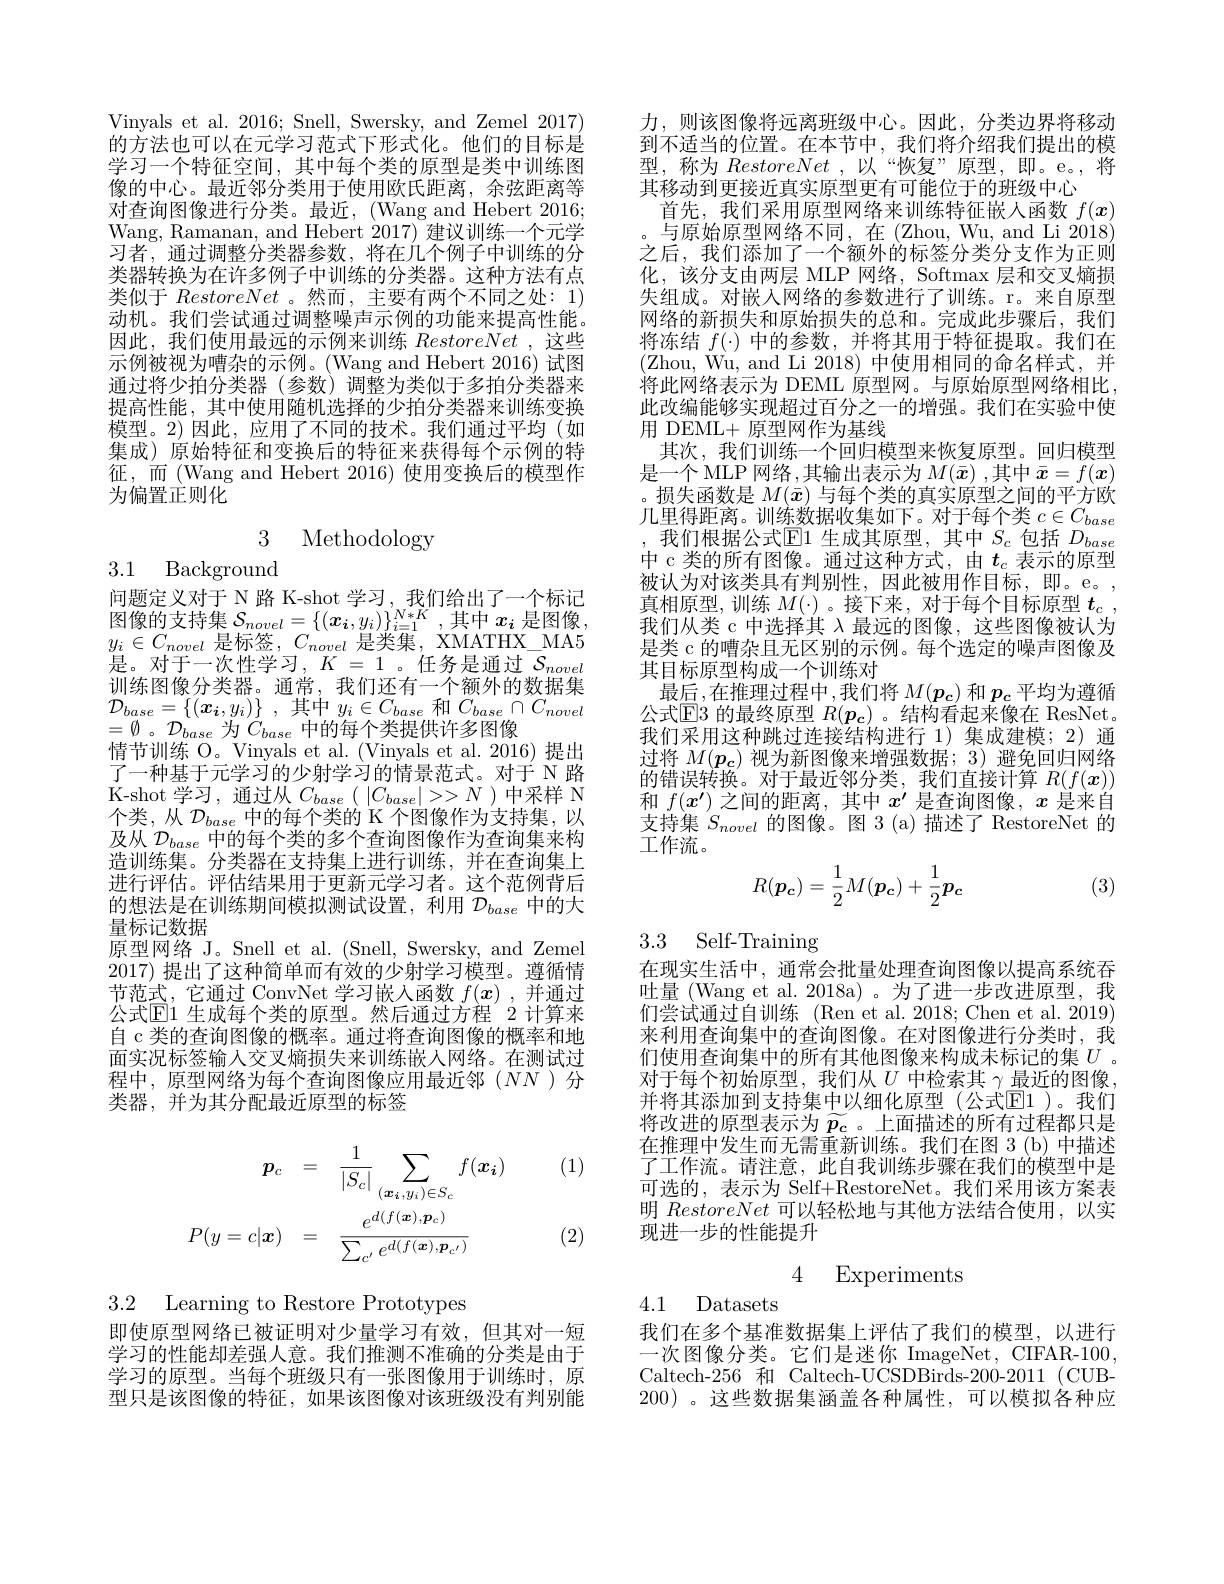
Vinyals et al. 2016; Snell, Swersky, and Zemel 2017) 的方法也可以在元学习范式下形式化。他们的目标是学习一个特征空间，其中每个类的原型是类中训练图像的中心。最近邻分类用于使用欧氏距离，余弦距离等对查询图像进行分类。最近，(Wang and Hebert 2016; Wang, Ramanan, and Hebert 2017) 建议训练一个元学习者，通过调整分类器参数，将在几个例子中训练的分类器转换为在许多例子中训练的分类器。这种方法有点类似于RestoreNet 。然而，主要有两个不同之处：1) 动机。我们尝试通过调整噪声示例的功能来提高性能。因此，我们使用最远的示例来训练RestoreNet ,这些示例被视为嘈杂的示例。(Wang and Hebert 2016) 试图通过将少拍分类器(参数)调整为类似于多拍分类器来提高性能，其中使用随机选择的少拍分类器来训练变换模型。2)因此，应用了不同的技术。我们通过平均(如集成) 原始特征和变换后的特征来获得每个示例的特征，而(Wang and Hebert 2016)使用变换后的模型作为偏置正则化

## 3 Methodology

3.1 Background
问题定义对于 N 路 K-shot 学习，我们给出了一个标记图像的支持集$\mathcal{S}_novel=\{(\boldsymbol{x}_i,y_i)\}_{i=1}^{N*K}$,其中$x_i$是图像， $y_{i}\in C_{novel}$是标签$,C_novel$是类集，XMATHX\_MA5是。对于一次性学习，$K=1$。任务是通过$\mathcal{S}_novei$ 训练图像分类器。通常，我们还有一个额外的数据集$\mathcal{D} _{base}= \{ ( \boldsymbol{x}_{i}, y_{i}) \}$ , 其中$y_i\in C_base$和$C_base\cap C_{novel}$ $=\emptyset$。$\mathcal{D}_{base}$为$\bar{C}_{base}$中的每个类提供许多图像
情节训练 O。Vinyals et al. (Vinyals et al. 2016) 提出了一种基于元学习的少射学习的情景范式。对于 N 路K-shot 学习，通过从$C_base(\begin{array}{c}|C_{base}|>>N\end{array})$中采样 N 个类，从$\mathcal{D}_base$中的每个类的 K 个图像作为支持集，以及从$\mathcal{D}_{base}$中的每个类的多个查询图像作为查询集来构造训练集。分类器在支持集上进行训练，并在查询集上进行评估。评估结果用于更新元学习者。这个范例背后的想法是在训练期间模拟测试设置，利用$\mathcal{D}_base$中的大量标记数据
原型网络 J。Snell et al. (Snell, Swersky, and Zemel 2017)提出了这种简单而有效的少射学习模型。遵循情节范式，它通过 ConvNet 学习嵌人函数$f(x)$ ,并通过公式$\mathbb{E}$1 生成每个类的原型。然后通过方程 2 计算来自 c 类的查询图像的概率。通过将查询图像的概率和地面实况标签输入交叉熵损失来训练嵌入网络。在测试过程中，原型网络为每个查询图像应用最近邻($NN$)分类器，并为其分配最近原型的标签

(1)
$$\begin{aligned}\boldsymbol{p}_{c}&=\quad\frac{1}{|S_{c}|}\sum_{(\boldsymbol{x}_{i},y_{i})\in S_{c}}f(\boldsymbol{x}_{\boldsymbol{i}})\\P(y=c|\boldsymbol{x})&=\quad\frac{e^{d(f(\boldsymbol{x}),\boldsymbol{p}_{c})}}{\sum_{c^{\prime}}e^{d(f(\boldsymbol{x}),\boldsymbol{p}_{c^{\prime}})}}\end{aligned}$$
(2)

3.2 Learning to Restore Prototypes

即使原型网络已被证明对少量学习有效，但其对一短学习的性能却差强人意。我们推测不准确的分类是由于学习的原型。当每个班级只有一张图像用于训练时，原型只是该图像的特征，如果该图像对该班级没有判别能

力，则该图像将远离班级中心。因此，分类边界将移动到不适当的位置。在本节中，我们将介绍我们提出的模型，称为 RestoreNet ,以“恢复”原型，即。e。,将其移动到更接近真实原型更有可能位于的班级中心
首先，我们采用原型网络来训练特征嵌人函数$f(\boldsymbol{x})$ 与原始原型网络不同，在(Zhou,Wu,andLi2018) 之后，我们添加了一个额外的标签分类分支作为正则化，该分支由两层 MLP 网络，Softmax 层和交叉熵损失组成。对嵌入网络的参数进行了训练。r。来自原型网络的新损失和原始损失的总和。完成此步骤后，我们将冻结$f(\cdot)$中的参数，并将其用于特征提取。我们在(Zhou, Wu, and Li 2018)中使用相同的命名样式，并将此网络表示为 DEML 原型网。与原始原型网络相比， 此改编能够实现超过百分之一的增强。我们在实验中使用 DEML+ 原型网作为基线
其次，我们训练一个回归模型来恢复原型。回归模型是一个 MLP 网络 ,其输出表示为$M(\bar{x})$ ,其中$\bar{x}=f(\boldsymbol{x})$ 。损失函数是$M(\bar{x})$与每个类的真实原型之间的平方欧几里得距离。训练数据收集如下。对于每个类$c\in C_base$ 我们根据公式$\overline{\mathbb{E}}$1 生成其原型，其中$S_c$包括$D_{base}$ 中 c 类的所有图像。通过这种方式，由$t_c$表示的原型被认为对该类具有判别性，因此被用作目标，即。e。, 真相原型，训练$M(\cdot)$。接下来，对于每个目标原型$t_c$ , 我们从类 c 中选择其$\lambda$最远的图像，这些图像被认为是类 c 的嘈杂且无区别的示例。每个选定的噪声图像及其目标原型构成一个训练对
最后，在推理过程中，我们将 $M(p_c)$ 和 $p_c$ 平均为遵循公式$\mathbb{E}$3 的最终原型 $R(p_{\mathbf{c}})$ 。结构看起来像在 ResNet. 我们采用这种跳过连接结构进行 1)集成建模；2)通过将$M(\boldsymbol{p_c})$视为新图像来增强数据；3)避免回归网络的错误转换。对于最近邻分类，我们直接计算$R(f(x))$ 和$f(x^{\prime})$之间的距离，其中$x^\prime$是查询图像，$x$是来自支持集$S_{novel}$的图像。图 3 (a)描述了 RestoreNet 的工作流。
$$R(\boldsymbol{p_c})=\frac{1}{2}M(\boldsymbol{p_c})+\frac{1}{2}\boldsymbol{p_c}$$
(3)

## 3.3 Self-Training

在现实生活中，通常会批量处理查询图像以提高系统吞吐量 (Wang et al. 2018a)。为了进一步改进原型，我们尝试通过自训练 (Ren et al.2018;Chen et al.2019) 来利用查询集中的查询图像。在对图像进行分类时，我们使用查询集中的所有其他图像来构成未标记的集$U$ 。对于每个初始原型，我们从$U$中检索其$\gamma$最近的图像， 并将其添加到支持集中以细化原型(公式回1)。我们将改进的原型表示为$\widetilde{p_c}$。上面描述的所有过程都只是在推理中发生而无需重新训练。我们在图 3(b) 中描述了工作流。请注意，此自我训练步骤在我们的模型中是可选的，表示为 Self+RestoreNet。我们采用该方案表明RestoreNet可以轻松地与其他方法结合使用，以实现进一步的性能提升

4 Experiments

4.1 Datasets

我们在多个基准数据集上评估了我们的模型，以进行一次图像分类。它们是迷你 ImageNet, CIFAR-100, Caltech-256 和 Caltech-UCSDBirds-200-2011 (CUB- 200)。这些数据集涵盖各种属性，可以模拟各种应